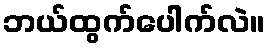
ဘယ်ထွက်ပေါက်လဲ။